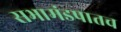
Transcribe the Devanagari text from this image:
सभामंडपातच